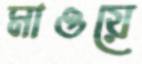
মাওয়ে